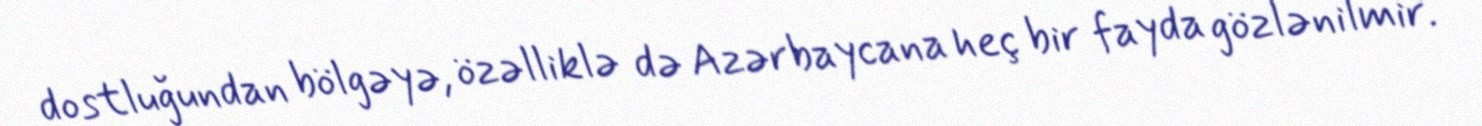
dostluğundan bölgəyə, özəlliklə də Azərbaycana heç bir fayda gözlənilmir.